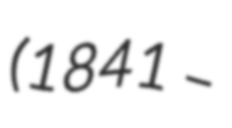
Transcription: (1841 –